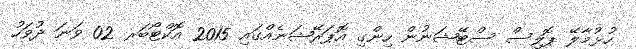
ހުޅުމާލޭ ޕޮލިސް ސްޓޭޝަނުން ހިންގި އޮޕަރޭޝަނެއްގައި 2015 އޮކްޓޯބަރ 02 ވަނަ ދުވަހު